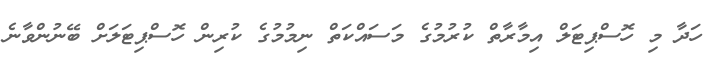
ހަދާ މި ހޮސްޕިޓަލް އިމާރާތް ކުރުމުގެ މަސައްކަތް ނިމުމުގެ ކުރިން ހޮސްޕިޓަލަށް ބޭނުންވާނެ